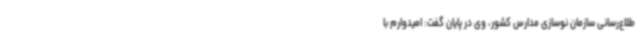
طلاع‌رسانی سازمان نوسازی مدارس کشور، وی در پایان گفت: امیدوارم با